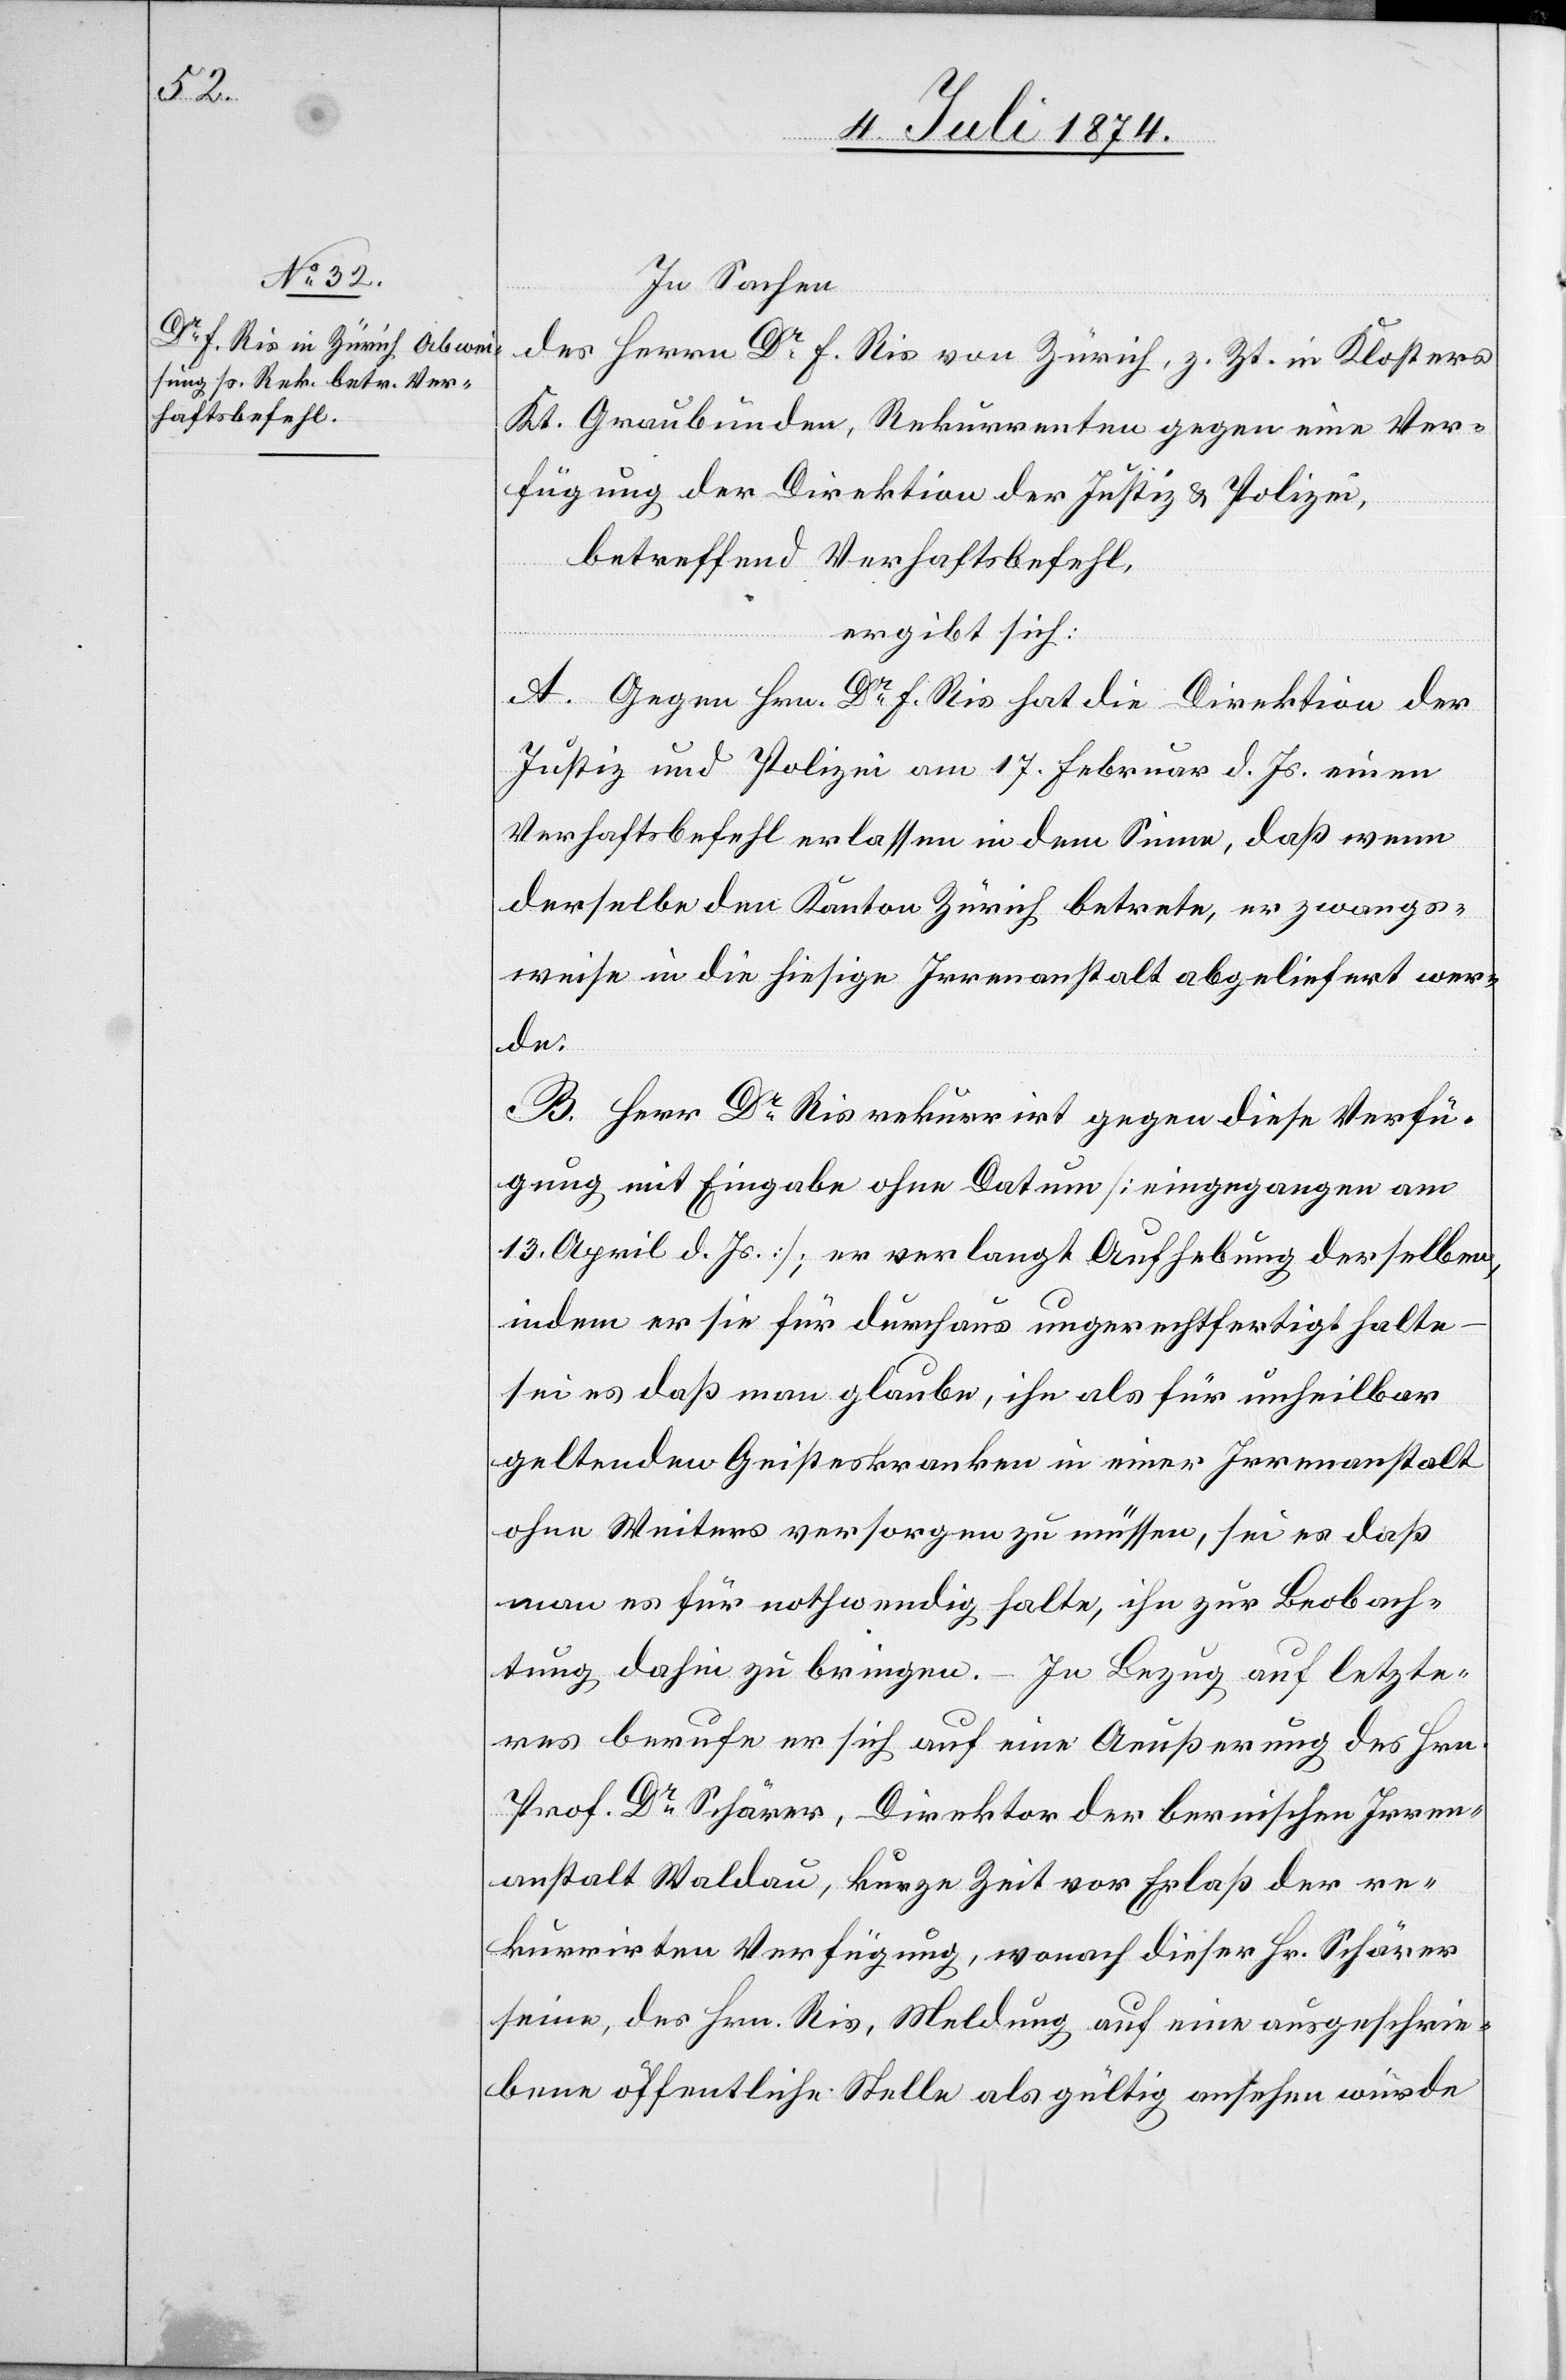
In Sachen
des Herrn Dr F. Ris von Zürich, z. Zt. in Klosters
Kt. Graubünden, Rekurrenten gegen eine Ver¬
fügung der Direktion der Justiz u. Polizei,
re¬
betreffend Verhaftsbefehl,
ergibt sich:
A. Gegen Hrn. Dr F. Ris hat die Direktion der
Justiz und Polizei am 17. Febr. d. Js. einen
Verhaftsbefehl erlassen in dem Sinne, daß wenn
derselbe den Kanton Zürich betrete, er zwangs¬
weise in die hiesige Irrenanstalt abgeliefert wer¬
der
B. Herr Dr Ris rekurrirt gegen diese Verfü¬
gung mit Eingabe ohne Datum [eingegangen am
13. April d. Js.]; er verlangt Aufhebung derselben,
indem er sie für durchaus ungerechtfertigt halte
sei es daß man glaube, ihn als für unheilbar
geltenden Geisteskranken in einer Irrenanstalt
ohne Weiteres versorgen zu müssen, sei es daß
man es für nothwendig halte, ihn zur Beobach¬
tung dahin zu bringen. – In Bezug auf letzte¬
res berufe er sich auf eine Aeußerung des Hrn.
kurrirten Verfügung, wonach dieser Hr. Schärer
seine, des Hrn. Ris, Meldung auf eine ausgeschrie¬
bene öffentliche Stelle als gültig ansehen würde